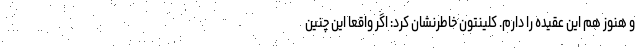
و هنوز هم این عقیده را دارم. کلینتون خاطرنشان کرد: اگر واقعا این چنین